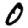
Digit: 0